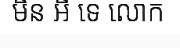
មិន អី ទេ លោក